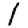
Digit: 1